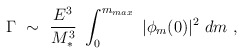
\begin{align*}\Gamma ~\sim ~{E^3 \over M_*^3}~\int_0^{m_{max}} ~|\phi_m(0)|^2 ~dm~,\end{align*}